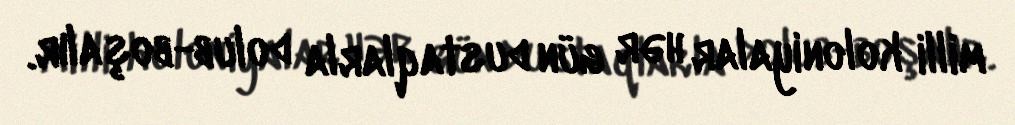
milli koloniyalar hər gün dustaqlarla dolub-boşalır.